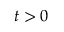
t > 0